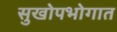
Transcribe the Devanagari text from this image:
सुखोपभोगात